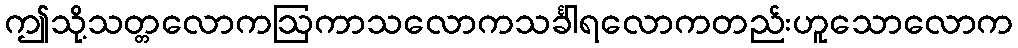
ဤသို့သတ္တလောကဩကာသလောကသင်္ခါရလောကတည်းဟူသောလောက